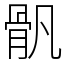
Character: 骪